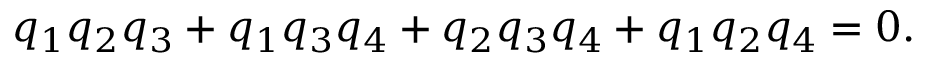
q _ { 1 } q _ { 2 } q _ { 3 } + q _ { 1 } q _ { 3 } q _ { 4 } + q _ { 2 } q _ { 3 } q _ { 4 } + q _ { 1 } q _ { 2 } q _ { 4 } = 0 .